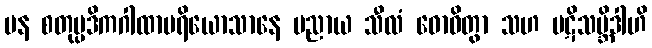
ပန စတုပ္ပဒိကဂါထာပရိယောသာနေ ပညာယ သီလံ ဓောဝိတွာ သဟ ပဋိသမ္ဘိဒါဟိ